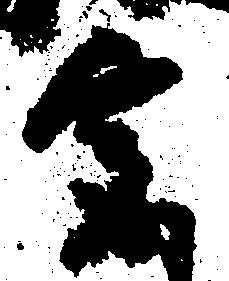
宮